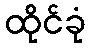
ထိုင်ခုံ